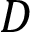
D